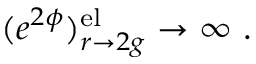
( e ^ { 2 \phi } ) _ { r \rightarrow 2 g } ^ { \mathrm { e l } } \rightarrow \infty \ .